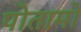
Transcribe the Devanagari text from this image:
पोतामो